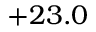
+ 2 3 . 0